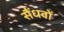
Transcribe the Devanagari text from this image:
सैंधवों